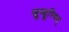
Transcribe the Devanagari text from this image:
जुम्हूरियत्